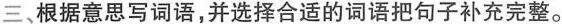
三、根据意思写词语，并选择合适的词语把句子补充完整。